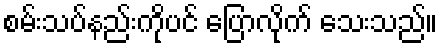
စမ်းသပ်နည်းကိုပင် ပြောလိုက် သေးသည်။